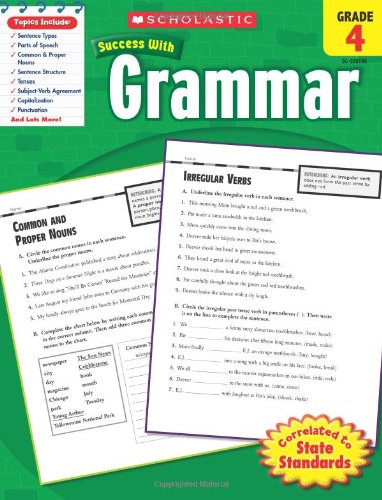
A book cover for Scholastic Success With Grammar, Grade 4 (Scholastic Success with Workbooks: Grammar); Scholastic; Test Preparation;